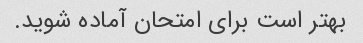
بهتر است برای امتحان آماده شوید.